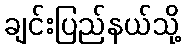
ချင်းပြည်နယ်သို့